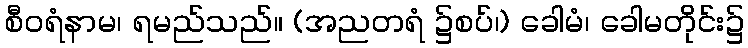
စီဝရံနာမ၊ ရမည်သည်။ (အညတရံ ၌စပ်၊) ခေါမံ၊ ခေါမတိုင်း၌